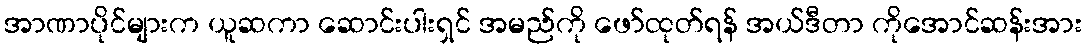
အာဏာပိုင်များက ယူဆကာ ဆောင်းပါးရှင် အမည်ကို ဖော်ထုတ်ရန် အယ်ဒီတာ ကိုအောင်ဆန်းအား